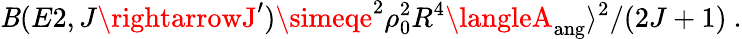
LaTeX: \mathit{B}(E2,J\rightarrowJ^{\prime})\simeqe^{2}\rho_{0}^{2}R^{4}\langleA_{\mathrm{{ang}}}\rangle^{2}/(2J+1)~.